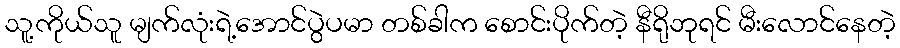
သူ့ကိုယ်သူ မျက်လုံးရဲ့အောင်ပွဲပမာ တစ်ခါက စောင်းပိုက်တဲ့ နီရိုဘုရင် မီးလောင်နေတဲ့